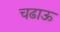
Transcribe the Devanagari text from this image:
चढाऊ